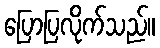
ပြောပြလိုက်သည်။